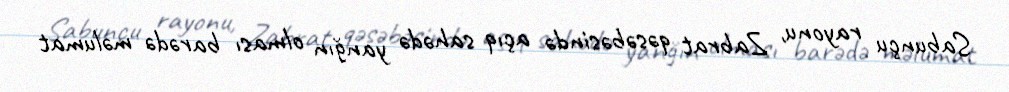
Sabunçu rayonu, Zabrat qəsəbəsində açıq sahədə yanğın olması barədə məlumat